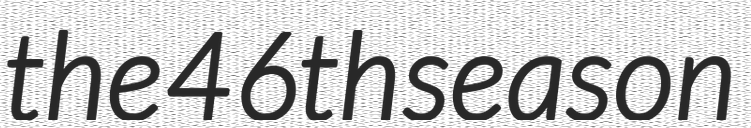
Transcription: the 46th season